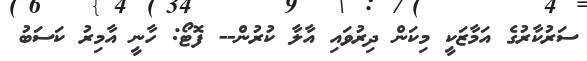
ސަރުކާރުގެ އަމާޒަކީ މިކަން ދިރުވައި އާލާ ކުރުން-- ފޮޓޯ: ހާނީ އާމިރު ކަސަބު